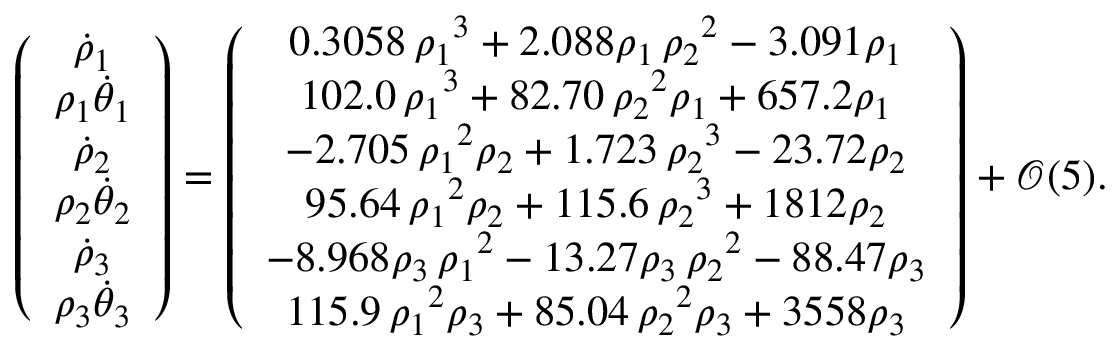
\left( \begin{array} { c } { \dot { \rho } _ { 1 } } \\ { \rho _ { 1 } \dot { \theta } _ { 1 } } \\ { \dot { \rho } _ { 2 } } \\ { \rho _ { 2 } \dot { \theta } _ { 2 } } \\ { \dot { \rho } _ { 3 } } \\ { \rho _ { 3 } \dot { \theta } _ { 3 } } \end{array} \right) = \left( \begin{array} { c } { 0 . 3 0 5 8 \, { \rho _ { 1 } } ^ { 3 } + 2 . 0 8 8 \rho _ { 1 } \, { \rho _ { 2 } } ^ { 2 } - 3 . 0 9 1 \rho _ { 1 } } \\ { 1 0 2 . 0 \, { \rho _ { 1 } } ^ { 3 } + 8 2 . 7 0 \, { \rho _ { 2 } } ^ { 2 } \rho _ { 1 } + 6 5 7 . 2 \rho _ { 1 } } \\ { - 2 . 7 0 5 \, { \rho _ { 1 } } ^ { 2 } \rho _ { 2 } + 1 . 7 2 3 \, { \rho _ { 2 } } ^ { 3 } - 2 3 . 7 2 \rho _ { 2 } } \\ { 9 5 . 6 4 \, { \rho _ { 1 } } ^ { 2 } \rho _ { 2 } + 1 1 5 . 6 \, { \rho _ { 2 } } ^ { 3 } + 1 8 1 2 \rho _ { 2 } } \\ { - 8 . 9 6 8 \rho _ { 3 } \, { \rho _ { 1 } } ^ { 2 } - 1 3 . 2 7 \rho _ { 3 } \, { \rho _ { 2 } } ^ { 2 } - 8 8 . 4 7 \rho _ { 3 } } \\ { 1 1 5 . 9 \, { \rho _ { 1 } } ^ { 2 } \rho _ { 3 } + 8 5 . 0 4 \, { \rho _ { 2 } } ^ { 2 } \rho _ { 3 } + 3 5 5 8 \rho _ { 3 } } \end{array} \right) + \mathcal { O } ( 5 ) .